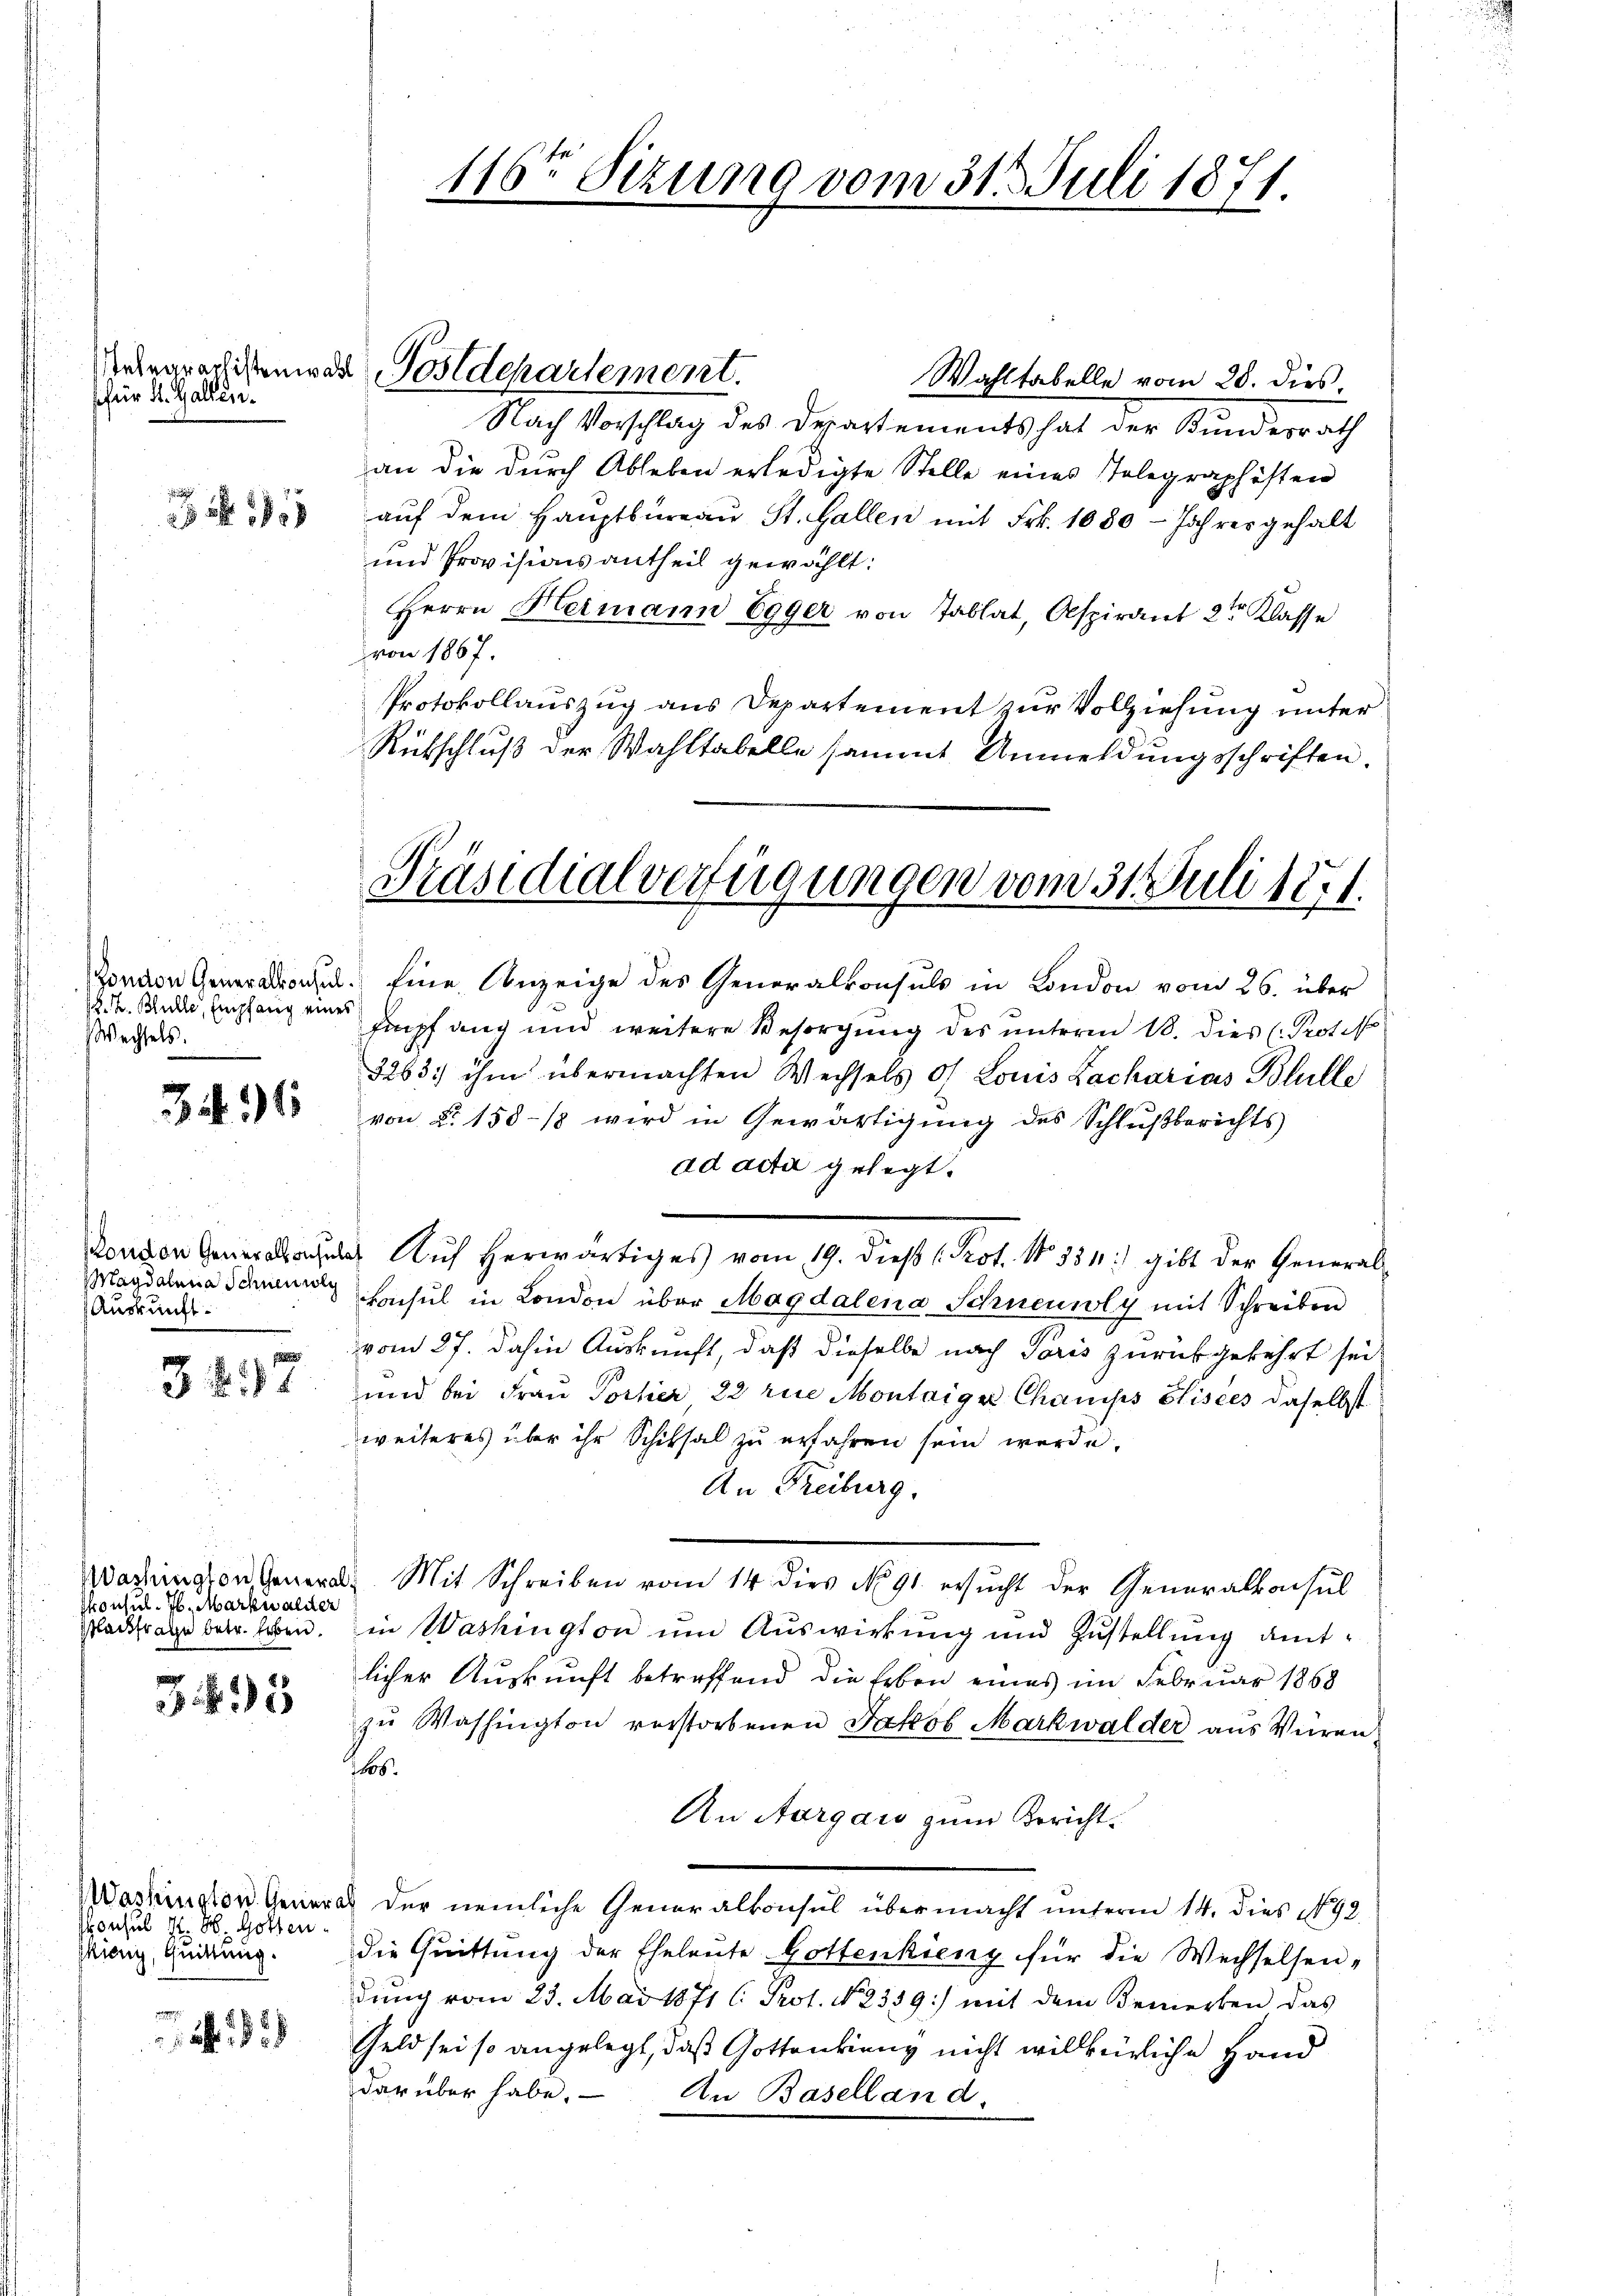
sfür d. Gallen.

K. h. Bulle, Empfang eines
Wechsels.

3496

Magdalena Schnen wolg
Auskunft.

3217

Skonsul 7. Markwaldter
slackfrate betr. leben.

35

onsul z. B. Gotten.
kiony, Quittung.

Telegraphiener Postdepartement.

116ten Sitzung vom 31. Juli 1871.

Präsidialverfügungen vom 31. Juli 1821.

Wahltabelle vom 28. dies
Nach Vorschlag des Departements hat der Bundesrath
an die dŭrch Ableben erledigte Stelle eines Telegraphisten
aŭf dem Hauptbüreaŭ St. Gallen mit Frk. 1080 - Jahres gehalt
und Provisionsantheil gewählt:
Herrn Heimann Egger von Tablat, Aspirant 2ten Klasse
von 1867.
Protokollauszug aus Departement zur Vollziehung unter
Rütschluß der Wahltabelle sammt Anmeldungsschriften.

Zonen Generalproche. Eine Anzeige des Generalkonsuls in London vom 26. über
Empfang und weitere Besorgung des unterm 18. dies (Proto
3263. ihm übermachten Wechsels of Louis Lacharias Blulle
von §. 158-18 wird in Gewärtigung des Schlußberichts
ad acta gelegt.
a Auf herwärtiges vom 19. dieß Prof. No. 354) gibt der General
konsul in London über Magdalena Schneuwly mit Schreiben
vom 27. dahin Auskunft, daß dieselbe nach Paris zurückgekehrt sei,
und bei Fraŭ Portier 22 rue Montaige Champs Elisees daselbst
weiteres über ihr Schiksal zŭ erfahren sein werde.
An Freiburg.
Wachungen General. Mit Schreiben vom 14 dies No 91. ersucht der Generalkonsul
in Washington ŭm Aŭswirkung und Zustellung amt-
licher Auskunft betreffend die Erben eines im Februar 1868
zu Washington verstorbenen Jakob Markwalder aus Würen¬
16.
An Aargau zum Bericht.
Washington General der nemliche Generalkonsul übermacht unterm 14. dies No 92.
die Quittung der Eheleute Gottenkienz für die Wechselsen-
dung vom 23. Mai 1871 l. Prot. No 339) mit dem Bemerken das
Geld sei so angelegt, daß Gottenking nicht willkürliche Hand
darüber habe. - An Baselland,